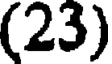
(23)